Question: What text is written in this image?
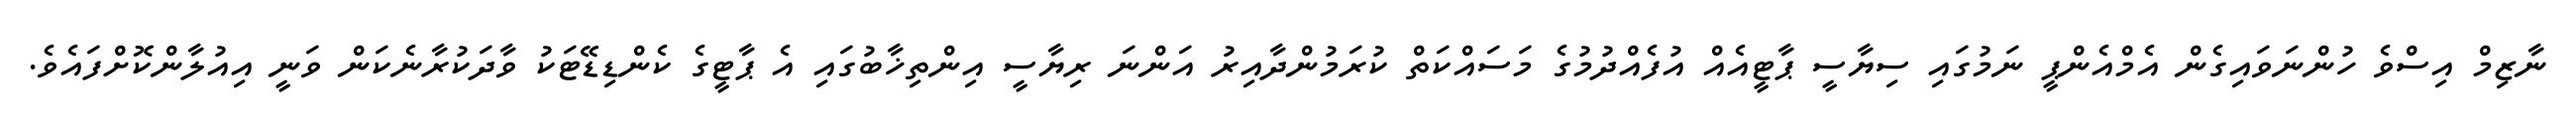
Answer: ނާޒިމް އިސްވެ ހުންނަވައިގެން އެމްއެންޕީ ނަމުގައި ސިޔާސީ ޕާޓީއެއް އުފެއްދުމުގެ މަސައްކަތް ކުރަމުންދާއިރު އަންނަ ރިޔާސީ އިންތިޚާބުގައި އެ ޕާޓީގެ ކެންޑިޑޭޓަކު ވާދަކުރާނެކަން ވަނީ އިއުލާންކޮށްފައެވެ.